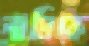
লামিকে